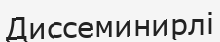
Диссеминирлі